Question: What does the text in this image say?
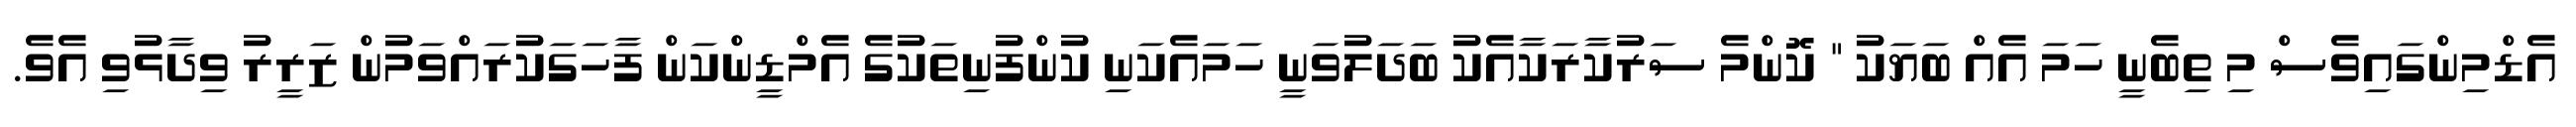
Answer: އެޑްމިންގައިވެސް މި ތިބެނީ ހަމަ އެއް ބަޔަކު " ކޮންމެ ސަރުކާރަކާއެކު ބަދަލުވަނީ ހަމައެކަނި ކުންފުނިތަކުގެ އެމްޑީންކަން ފާހަގަކުރައްވަމުން ޒަރީރު ވިދާޅުވި އެވެ.